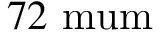
7 2 \mathrm { { \ m u m } }